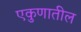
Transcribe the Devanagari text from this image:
एकुणातील